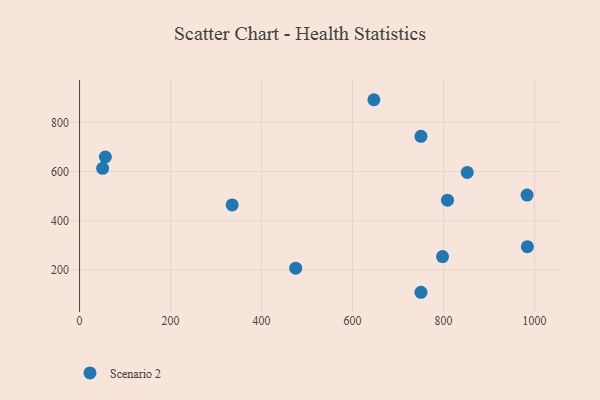
{"axis": {"x": "Experience", "y": "Exam Score"}, "legend": ["Scenario 2"], "data": [{"x": "797.7", "y": 254.7, "type": "Scenario 2"}, {"x": "750.3", "y": 109.6, "type": "Scenario 2"}, {"x": "335.4", "y": 464.5, "type": "Scenario 2"}, {"x": "646.8", "y": 891.9, "type": "Scenario 2"}, {"x": "808.6", "y": 483.9, "type": "Scenario 2"}, {"x": "983.4", "y": 504.6, "type": "Scenario 2"}, {"x": "56.7", "y": 659.1, "type": "Scenario 2"}, {"x": "750.2", "y": 743.4, "type": "Scenario 2"}, {"x": "50.7", "y": 613.2, "type": "Scenario 2"}, {"x": "475.0", "y": 207.6, "type": "Scenario 2"}, {"x": "852.0", "y": 596.5, "type": "Scenario 2"}, {"x": "984.1", "y": 294.8, "type": "Scenario 2"}]}